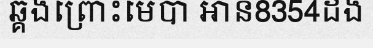
ឆ្គងព្រោះមេបា អាន8354ដង